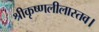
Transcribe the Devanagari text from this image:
श्रीकृष्णलीलास्तव।